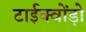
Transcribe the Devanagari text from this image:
टाईक्वोंड़ो